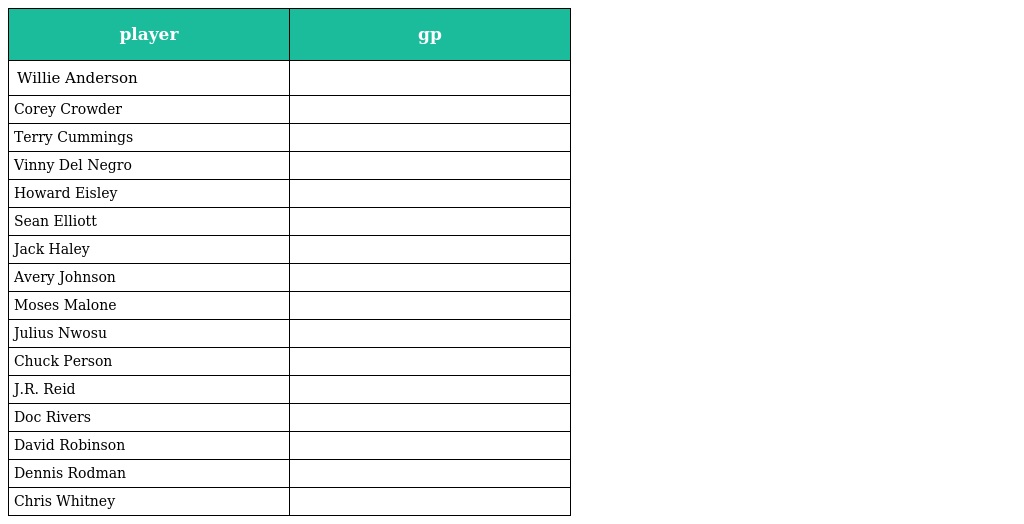
| player | gp |
 | --- | --- |
 | Willie Anderson |  |
 | Corey Crowder |  |
 | Terry Cummings |  |
 | Vinny Del Negro |  |
 | Howard Eisley |  |
 | Sean Elliott |  |
 | Jack Haley |  |
 | Avery Johnson |  |
 | Moses Malone |  |
 | Julius Nwosu |  |
 | Chuck Person |  |
 | J.R. Reid |  |
 | Doc Rivers |  |
 | David Robinson |  |
 | Dennis Rodman |  |
 | Chris Whitney |  |